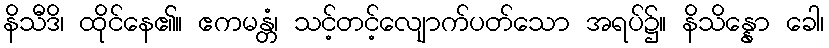
နိသီဒိ၊ ထိုင်နေ၏။ ဧကမန္တံ၊ သင့်တင့်လျောက်ပတ်သော အရပ်၌။ နိသိန္နော ခေါ၊